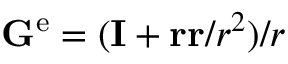
\mathbf { G } ^ { \mathrm { e } } = ( \mathbf { I } + \mathbf { r r } / r ^ { 2 } ) / r